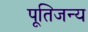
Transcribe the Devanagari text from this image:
पूतिजन्य